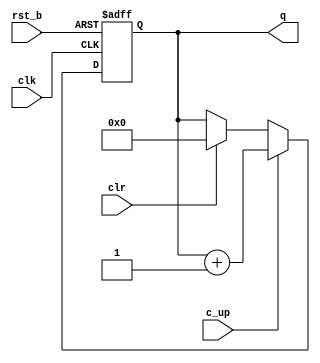
module cntr #(parameter w=8)(
  input clk, rst_b, c_up, clr,
  output reg [w-1:0] q
);
  always @ (posedge clk, negedge rst_b) begin
    if (rst_b == 0) q <= 0;
    else if (c_up == 1) q <= q+1;
    else if (clr == 1) q <= 0;
  end
endmodule

module cntr_tb; //w = 3
  reg clk, rst_b, c_up, clr;
  wire [2:0] q;
  
  cntr #(.w(3)) inst1(.clk(clk), .rst_b(rst_b), .c_up(c_up), .clr(clr), .q(q));
  localparam CLK_PERIOD = 200;
  localparam RUNNING_CYCLES = 11;
  initial begin
    $display("time\tclk\trst_b\tc_up\tclr\tq");
    $monitor("%4t\t%b\t%b\t%b\t%b\t%b",$time,clk,rst_b,c_up,clr,q);
    clk = 0;
    repeat (2*RUNNING_CYCLES) #(CLK_PERIOD/2) clk=~clk;
  end
  localparam RST_DURATION = 50;
  initial begin
    rst_b = 0;
    #RST_DURATION rst_b = 1;
  end
  initial begin
    c_up = 1;
    #400 c_up = 0;
    #400 c_up = 1;
  end
  initial begin
    clr = 0;
    #600 clr = 1;
    #400 clr = 0;
  end
endmodule